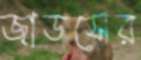
জাডর্সের